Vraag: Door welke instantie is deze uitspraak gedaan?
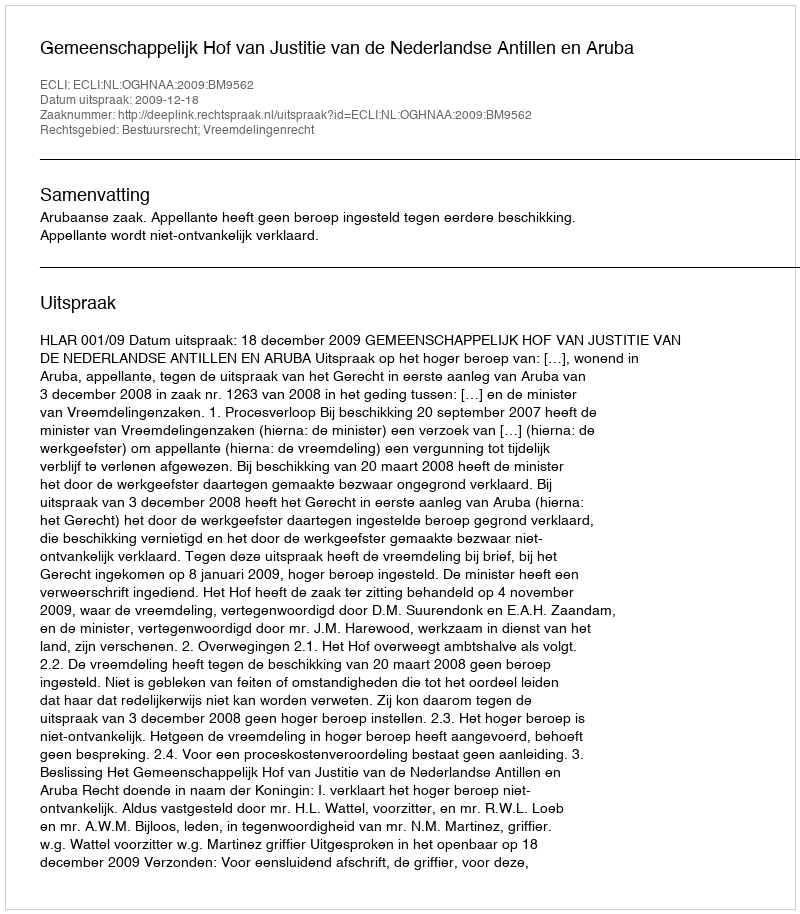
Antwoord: Gemeenschappelijk Hof van Justitie van de Nederlandse Antillen en Aruba